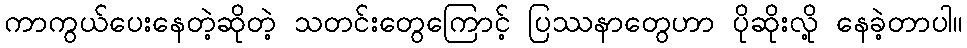
ကာကွယ်ပေးနေတဲ့ဆိုတဲ့ သတင်းတွေကြောင့် ပြဿနာတွေဟာ ပိုဆိုးလို့ နေခဲ့တာပါ။